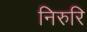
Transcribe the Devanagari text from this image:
निरुरि